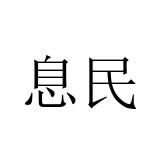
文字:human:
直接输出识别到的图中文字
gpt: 息民